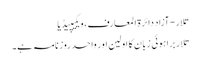
تلار - آزاد دائرۃ المعارف، ویکیپیڈیا
تلار براہوئی زبان کا اولین اور واحد روزنامہ ہے۔